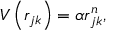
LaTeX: V \left( r _ { j k } \right) = \alpha r _ { j k } ^ { n } ,